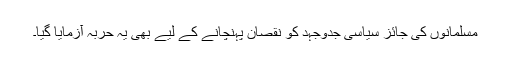
مسلمانوں کی جائز سیاسی جدوجہد کو نقصان پہنچانے کے لیے بھی یہ حربہ آزمایا گیا۔